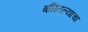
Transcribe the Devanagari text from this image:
बघितल्याचा